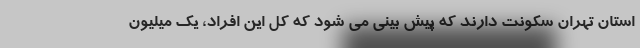
استان تهران سکونت دارند که پیش بینی می شود که کل این افراد، یک میلیون